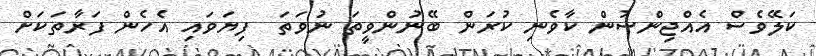
ކަލޭވެސް އެއްޖިންސުން ކާވެނި ކުރަން ބޭނުންވީތަ ނުވަތަ  ފިޔަވައި އެހެން ފަރާތަކަށް